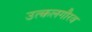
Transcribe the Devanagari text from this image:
उत्कलगौरव